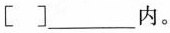
[ ]___内。